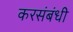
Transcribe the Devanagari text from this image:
करसंबंधी